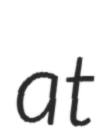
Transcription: at